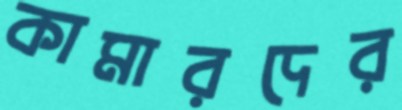
কামারদের